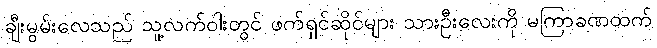
ချီးမွမ်းလေသည် သူ့လက်ဝါးတွင် ဖက်ရှင်ဆိုင်များ သားဦးလေးကို မကြာခဏထက်